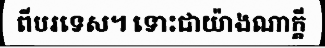
ពីបរទេស។ ទោះជាយ៉ាងណាក្តី